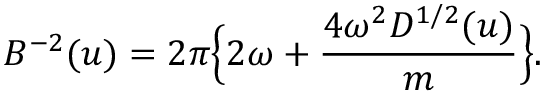
B ^ { - 2 } ( u ) = 2 \pi \Bigl \{ 2 \omega + { \frac { 4 \omega ^ { 2 } D ^ { 1 / 2 } ( u ) } { m } } \Bigr \} .